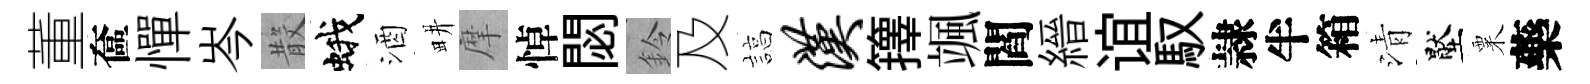
董奩憚岑𣪚蛾酒畊摩悼閟鈴及諄汉籜颯閻縉谊馭隷半箱清壓粟藥